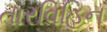
તારવિહિન